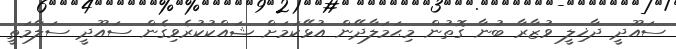
ސައޫދީ ދާޚިލީ ވުޒާރާ ބުނާ ގޮތުން މިޙަމަލާދޭން އުޅޭކަމަށް ޝައްކުކުރެވިގެން ސައޫދީ ސަލާމަތީ